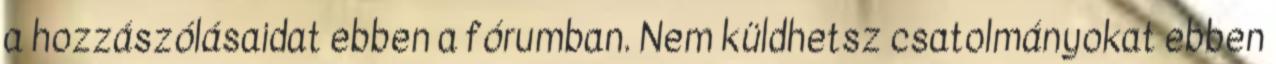
a hozzászólásaidat ebben a fórumban. Nem küldhetsz csatolmányokat ebben